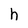
Character: h